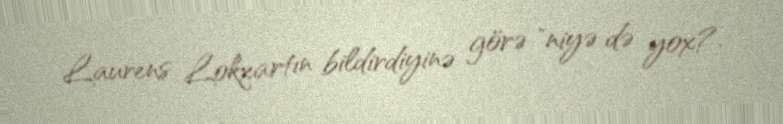
Laurens Lokxartın bildirdiyinə görə "niyə də yox?.